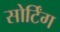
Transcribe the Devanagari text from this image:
सोर्टिंग